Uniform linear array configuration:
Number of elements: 4
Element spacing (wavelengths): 0.75
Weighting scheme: exponential
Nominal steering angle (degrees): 15
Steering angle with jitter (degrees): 15.336
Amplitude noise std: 0.05
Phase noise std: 0.05

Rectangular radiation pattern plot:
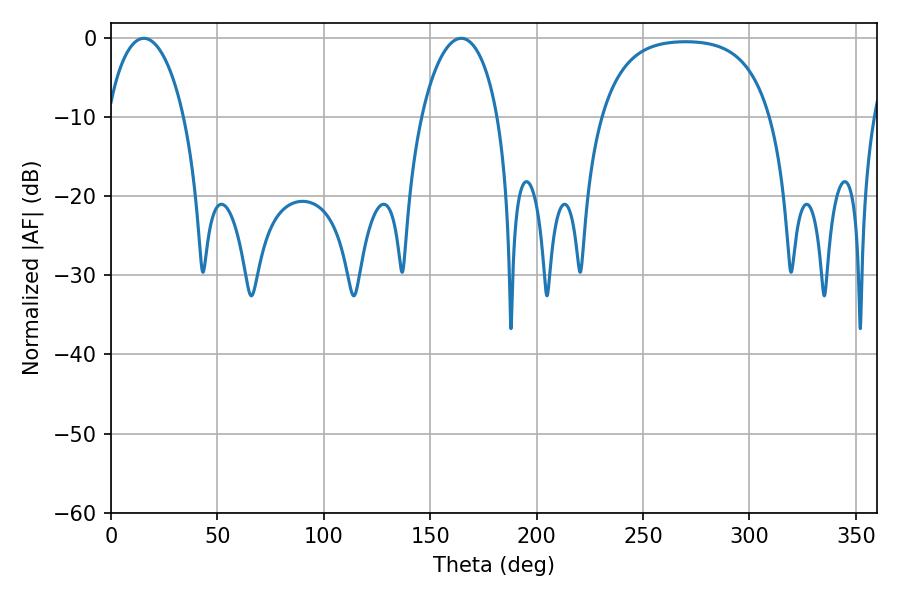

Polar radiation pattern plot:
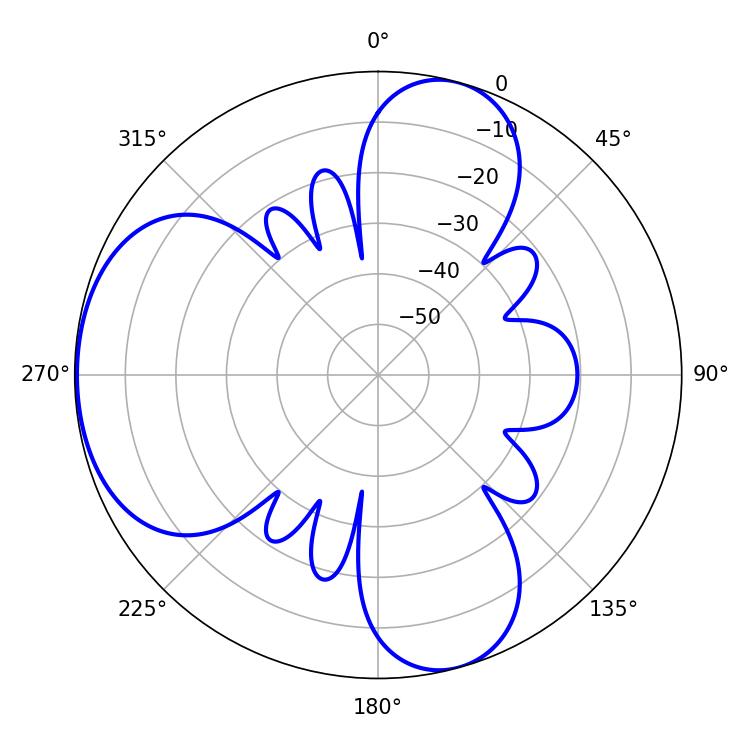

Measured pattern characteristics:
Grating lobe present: TRUE
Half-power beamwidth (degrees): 20.52
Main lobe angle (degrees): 15.48